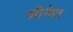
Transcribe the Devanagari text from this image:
श्रीनेत